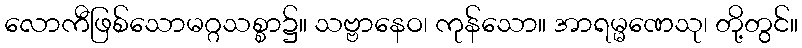
လောကီဖြစ်သောမဂ္ဂသစ္စာ၌။ သဗ္ဗာနေဝ၊ ကုန်သော။ အာရမ္မဏေသု၊ တို့တွင်။